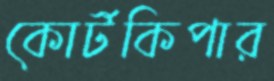
কোর্টকিপার